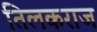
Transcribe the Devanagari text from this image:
तिलकराज